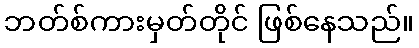
ဘတ်စ်ကားမှတ်တိုင် ဖြစ်နေသည်။